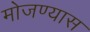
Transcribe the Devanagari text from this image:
मोजण्यास